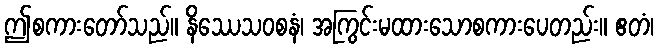
ဤစကားတော်သည်။ နိဿေသဝစနံ၊ အကြွင်းမထားသောစကားပေတည်း။ ဧတံ၊